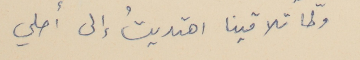
ولمّا تلاقينا اهتديتُ إلى أصلي